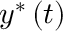
y ^ { \ast } \left( t \right)